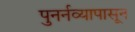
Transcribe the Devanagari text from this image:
पुनर्नव्यापासून